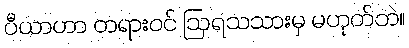
ပီယာဟာ တရားဝင် ဩရသသားမှ မဟုတ်ဘဲ။